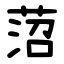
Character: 菬